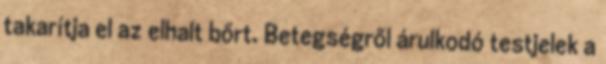
takarítja el az elhalt bőrt. Betegségről árulkodó testjelek a